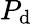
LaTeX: P_{\mathrm{d}}